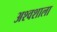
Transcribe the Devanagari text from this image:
अश्‍वशाला